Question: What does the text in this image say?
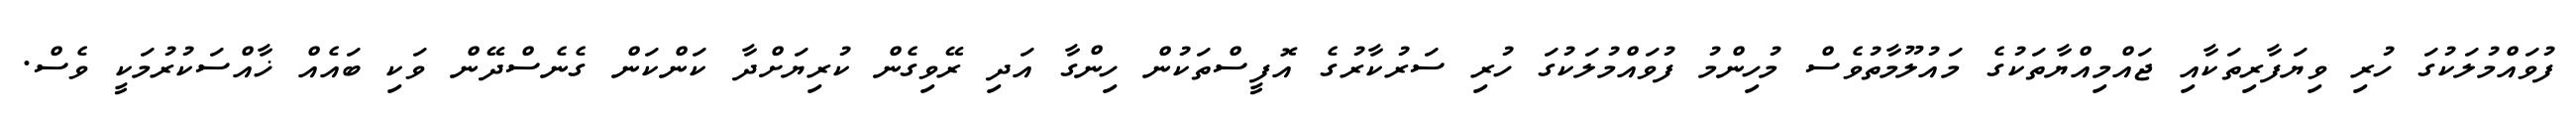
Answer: ފުވައްމުލަކުގަ ހުރި ވިޔަފާރިތަކާއި ޖައްމިއްޔާތަކުގެ މައުލޫމާތުވެސް މުހިންމު ފުވައްމުލަކުގަ ހުރި ސަރުކާރުގެ އޮފީސްތަކުން ހިންގާ އަދި ރޭވިގެން ކުރިޔަށްދާ ކަންކަން ގެނެސްދޭން ވަކި ބައެއް ޚާއްސަކުރުމަކީ ވެސް.